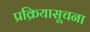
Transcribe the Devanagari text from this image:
प्रक्रियासूचना